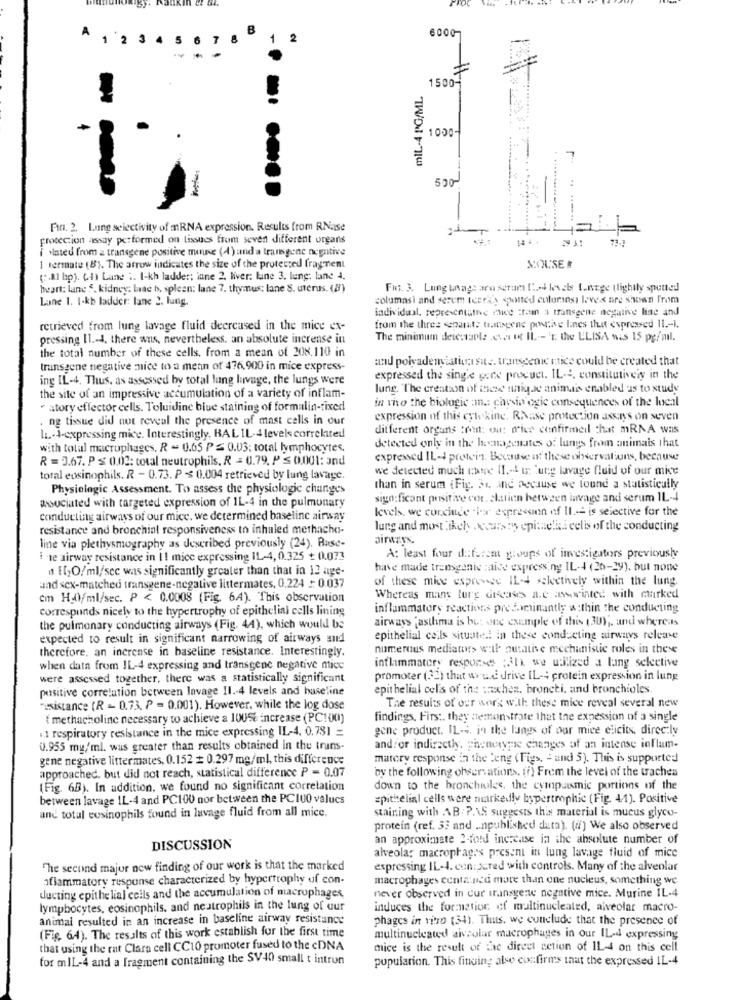
B
6000
A
1 234 5 6
7
1 2
1500-
MIL-4 PG/ML
1000
500
Fin. 2. Lung selectivity of mRNA expression. Results from RNaise
protection assay performed on tissues from seven different organs
i voted from a transgene positive mouse (4) and a transgene negative
1 fermate (8). The arrow indicates the size of the protected fragment
MOUSE
(.Ml bp). Ch) Lane .. I-kh ladder; inne 2. liver: line 3. lung: lane 4.
heart: lane S. kidney: laae b, spleen: lane 7. thymus: lane S. uterus. (8)
Fui. 3. Lung untag: aro seram Ied levels Lange (lightly spotted
Lane 1. I-kb ladder: lane 2. lung.
columnsi and serem teera's spotted eoluransı leves are shown from
individual, representing rice ttam a transgene negative line and
retrieved from lung lavage fluid decreased in the mice ex-
from the three separat: tusargent poutine lines that expressed 11 .- 1.
pressing II .- 4. there was, nevertheless, an absolute incrense int
The minimum detestable eva et IL -- 'E. the ELISA wis 15 pg/ml.
the total number of these cells, from a mean of 208,110 in
and polvademiatic site. transgenic nice could be created that
transgene negative nice to a menn of 476,900 in mice express-
ing IL-4, Thus, as assessed by total lung lavage, the lungs were
expressed the single goes procuet. IL-4, constitutiveis in the
lung. The creation of these unique animais enabled is to study
the site of an impressive accumulation of a variety of inflam-
in who the biologic :mn .: chesia ogic consequences of the local
· story effector cells. Toluidine blue staining of formalin-fixed
ng tissue did not reveal the presence of mast cells in our
expression of this cyto kine. RNase protection assiy's on seven
different organs :mount: ou: nice confirmeil chat mRNA was
Ii .- 4-expressing mice. Interestingly, BAL IL-4 levels correlated
with total macrophages, R - 0.65 P ≤ 0.03: total lymphocytes.
detected only in the heenagenates of lungs from animais that
R = 3.67. P ≤ 0.02: total neutrophils, R = 0.79. P ≤ 0.001: and
expressed IL-1 protein. Because of these observations, because
we detected much che II .- 4 t: utg lavage fluid of our mie
total eosinophils. R - 0.73. P ≤ 0.004 retrieved by lung lavage.
Physiologic Assessment. To assess the physiologic changes
than in serum ( Fig. 34. ind because we found a statisticully
sign;ficant positive vor. ckttien between invage and serum IL-4
associated with targeted expression of 1L-4 in the pulmonary
levels, we conclude .for expression of II .-- is selective for the
conducting airways of our mice, we determined baseline airway
resistance and bronchial responsiveness to inhaled methacho-
lung and most likely occurs ty epitaelka celis of the conducting
line via plethysmography as described previously (24). Ruse-
ile airway resistance in I! mice expressing IL-4, 0.325 + 0.073
A: least four diferem groups of investigators previously
n El;O/ml/sec was significantly greater than that in 12 age-
have made transgenic :aise expressing IL-4 (20-29), but none
of these mise expresse IL-t selectively within the lung.
and sex-matched transgene-negative littermates, 0.224 : 0.037
cm H_0/ml/sec. P < 0.0008 (Fig. 64). This observation
Whereas mans lurg dreads a.e awwinted with marked
corresponds nicely to the hypertrophy of epithelial cells lining
inflammatory reactions predominantly a :thin the conducting
airways "asthma is bos sue example of this (309 ;, and whereas
the pulmonary conducting airways (Fig. 44), which would be
expected to result in significant narrowing of airways and
epithelial cells situated! In these conducting airways release
therefore, an increase in baseline resistance. Interestingly.
numerous mediators will putative mechanistic roles in these
when data from IL-4 expressing and transgene negative mice
inflammatory responses (31) we utilized a lang selective
were assessed together, there was a statistically significant
promoter (22) that would drive IL -; protein expression in lung
positive correlation between lavage 11. 4 levels and baseline
epithelial cel's of the :chez, bronchi, and bronchioles
The results of our work with these mice reveal several new
"assistance (R - 0.73. P = 0.001). However, while the log dose
{ methacholine necessary to achieve a 100% increase (PC100)
findings. First. they demonstrate that the expession of a single
.. 1 respiratory resistance in the mice expressing IL-4. 0.781 =
gene product. IL-4. in the lungs of our mice elicits, directly
0.955 mg/ml. was greater than results obtained in the trans-
and/ or indirectly. phenotype changes of an intense inflam-
gene negative littermates, 0.152 = 0.297 mg/ml, this difference
matery response in the leng (Figs, - and 5). This is supported
approached. but did not reach, statistical difference P = 0.07
by the following observations. (f) Frem the level of the taches
(Fig. 68). In addition, we found no significant correlation
down to the bronchiules, the cympasmic portions of the
between lavage 1L-4 and PC100 nor between the PC100 values
epithelial cells were markedly hypertrophic (Fig. 41). Positive
and total eosinophils found in lavage fluid from all mice.
staining with AB. P.A.S suggests this material is mucus glyco-
protein (ref. 33 and .. npublished data). (i) We also observed
an approximate 2-fond increase in the absolute number of
DISCUSSION
alveola: macrophages present in lung lavage fluid of mice
The second major new finding of our work is that the marked
expressing IL-4. con: pcred with controls. Many of the alveolar
oflammatory response characterized by hypertrophy uf con-
macrophages centa nad more than one nucleus, something we
ducting epithelial cells and the accumulation of macrophages,
never observed in cur transgene negative mice. Murine IL-4
lymphocytes, eosinophils, and neutrophils in the lung of our
induces the formnation of maltinucleated, alveolar macro-
animal resulted in an increase in baseline airway resistance
phages in vitro (34). Thus. we conclude that the presence of
(Fig. 64). The results of this work establish for the first time
multinucleated aivsolar macrophages in our IL-4 expressing
that using the rat Clara cell CC10 promoter fused to the cDNA
mice is the result of ac direct action of IL-4 on this cell
for m IL-4 and a fragment containing the SV40 small t intron
population. This finding also confirms that the expressed IL-4